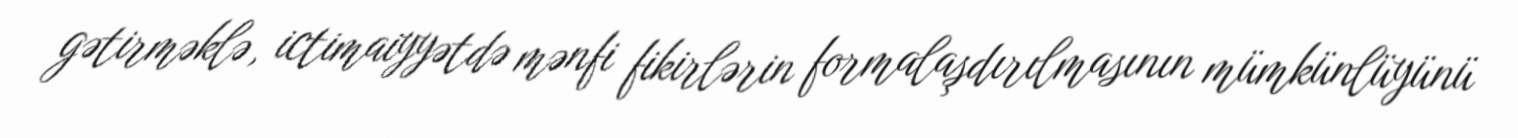
gətirməklə, ictimaiyyətdə mənfi fikirlərin formalaşdırılmasının mümkünlüyünü